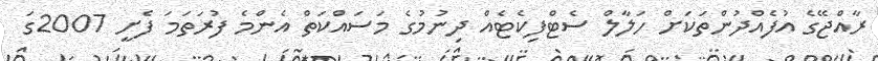
ރާއްޖޭގެ އުފެއްދުންތަކަށް ހަލާލް ސެޓްފިކެޓެއް ދިނުމުގެ މަސައްކަތް އެންމެ ފުރަތަމަ ފެށީ 2007ގަ